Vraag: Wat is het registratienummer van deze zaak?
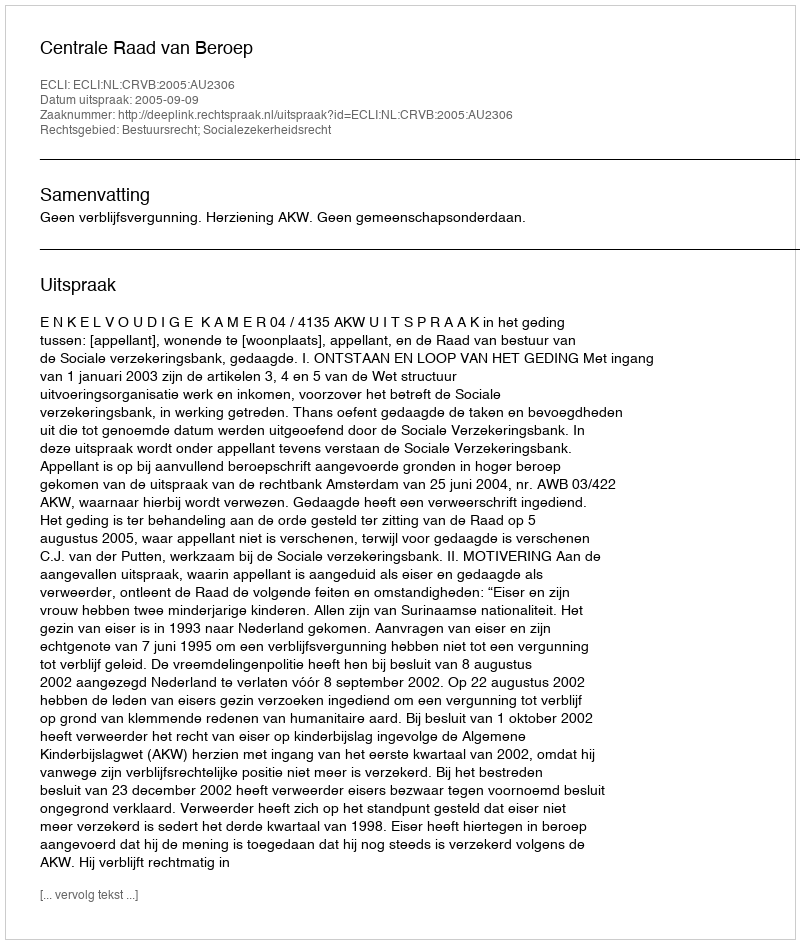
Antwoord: http://deeplink.rechtspraak.nl/uitspraak?id=ECLI:NL:CRVB:2005:AU2306